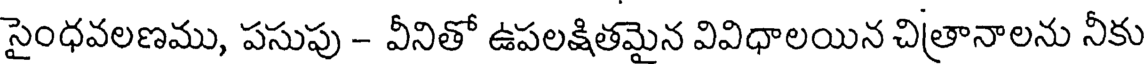
సైంధవలణము, పసుపు - వీనితో ఉపలక్షితమైన వివిధాలయిన చిత్రానాలను నీకు